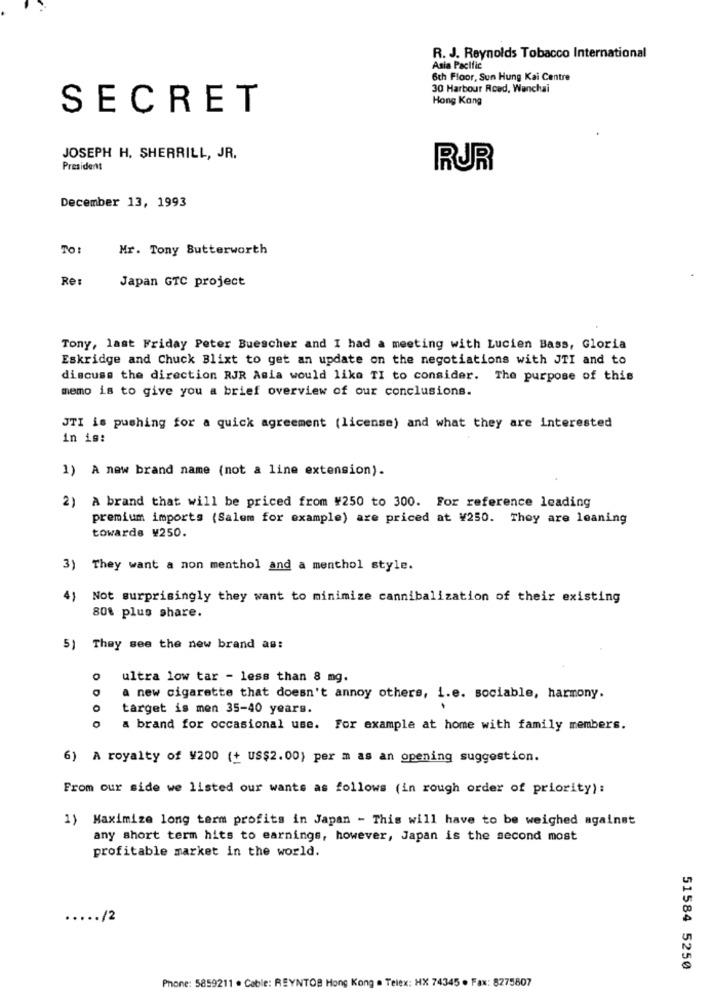
R. J. Reynolds Tobacco International
Asia Pacific
6th Floor, Sun Hung Kai Centre
30 Harbour Reed, Wanchai
Hong Kong
SECRET
JOSEPH H. SHERRILL, JR.
President
RJR
December 13, 1993
TO:
Mr. Tony Butterworth
Re:
Japan GTC project
Tony, last Friday Peter Buescher and I had a meeting with Lucien Bass, Gloria
Eskridge and Chuck Blixt to get an update on the negotiations with JTI and to
discuss the direction RJR Asia would like TI to consider. The purpose of this
memo is to give you a brief overview of our conclusions.
JTI is pushing for a quick agreement (license) and what they are interested
in is:
1) A new brand name (not a line extension).
2) A brand that will be priced from #250 to 300. For reference leading
premium imports (Salem for example) are priced at ¥250. They are leaning
towards ¥250.
3) They want a non menthol and a menthol style.
41
Not surprisingly they want to minimize cannibalization of their existing
80% plus share.
5) They see the new brand as:
0
ultra low tar - less than 8 mg.
a new cigarette that doesn't annoy others, i.e. sociable, harmony.
target is men 35-40 years.
DO
a brand for occasional use. For example at home with family members.
6) A royalty of ¥200 (+ US$2.00) per m as an opening suggestion.
From our side we listed our wants as follows (in rough order of priority):
1) Maximize long term profits in Japan - This will have to be weighed against
any short term hits to earnings, however, Japan is the second most
profitable market in the world.
..... /2
51584 5250
Phone: 5859211 . Cable: REYNTOB Hong Kong e Telex: HX 74345 · Fax: 8275807